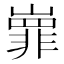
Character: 㠑